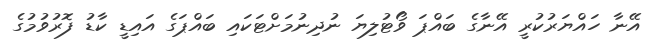
އޭނާ ހައްޔަރުކުރީ އޭނާގެ ބައްޕަ ވޯޓުލިޔަ ނުދިނުމަށްޓަކައި ބައްޕަގެ އައިޑީ ކާޑު ފޮރުވުމުގެ